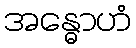
အန္ဓောဟံ